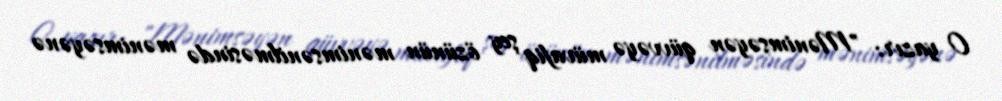
O yazır: "Mənimsəyən qüvvəyə müvafiq şey özünün mənimsənilməsində mənimsəyənə